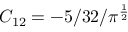
C _ { 1 2 } = - 5 / 3 2 / \pi ^ { \frac { 1 } { 2 } }